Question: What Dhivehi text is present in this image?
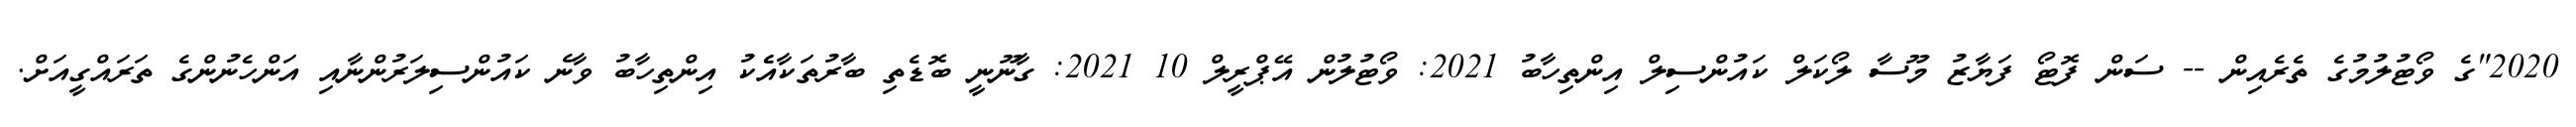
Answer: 2020"ގެ ވޯޓުލުމުގެ ތެރެއިން -- ސަން ފޮޓޯ ފަޔާޒު މޫސާ ލޯކަލް ކައުންސިލް އިންތިހާބު 2021: ވޯޓުލުން އޭޕްރީލް 10 2021: ގާނޫނީ ބޮޑެތި ބާރުތަކާއެެކު އިންތިހާބު ވާނެ ކައުންސިލަރުންނާއި އަންހެނުންގެ ތަރައްގީއަށް.